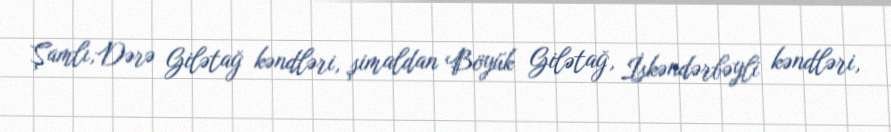
Şamlı,Dərə Gilətağ kəndləri, şimaldan Böyük Gilətağ, İskəndərbəyli kəndləri,